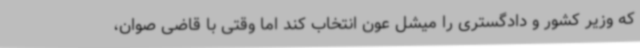
که وزیر کشور و دادگستری را میشل عون انتخاب کند اما وقتی با قاضی صوان،